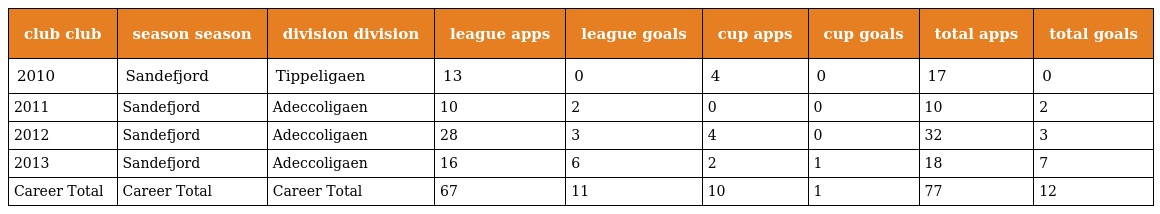
| club club | season season | division division | league apps | league goals | cup apps | cup goals | total apps | total goals |
 | --- | --- | --- | --- | --- | --- | --- | --- | --- |
 | 2010 | Sandefjord | Tippeligaen | 13 | 0 | 4 | 0 | 17 | 0 |
 | 2011 | Sandefjord | Adeccoligaen | 10 | 2 | 0 | 0 | 10 | 2 |
 | 2012 | Sandefjord | Adeccoligaen | 28 | 3 | 4 | 0 | 32 | 3 |
 | 2013 | Sandefjord | Adeccoligaen | 16 | 6 | 2 | 1 | 18 | 7 |
 | Career Total | Career Total | Career Total | 67 | 11 | 10 | 1 | 77 | 12 |